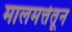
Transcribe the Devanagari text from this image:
मालमत्तेतून